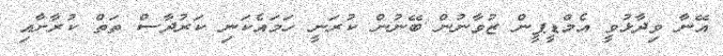
އޭނާ ވިދާޅުވީ އެމްޑީޕީން ޒުވާނުން ބޭނުން ކުރަނީ ހަމައެކަނި ކަރުދާސް ތަތް ކުރާށާއި